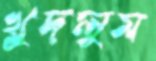
খুদলুম